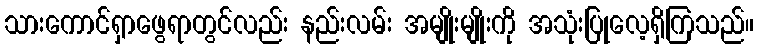
သားကောင်ရှာဖွေရာတွင်လည်း နည်းလမ်း အမျိုးမျိုးကို အသုံးပြုလေ့ရှိကြသည်။